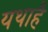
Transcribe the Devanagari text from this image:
यथाहै